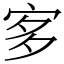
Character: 㝖